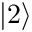
\left\vert 2 \right\rangle